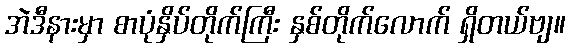
အဲဒီနားမှာ စာပုံနှိပ်တိုက်ကြီး နှစ်တိုက်လောက် ရှိတယ်ဗျ။